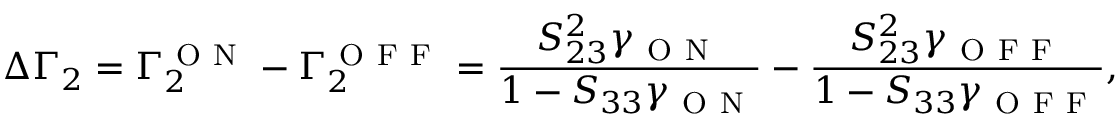
\Delta \Gamma _ { 2 } = \Gamma _ { 2 } ^ { \mathrm { ~ O ~ N ~ } } - \Gamma _ { 2 } ^ { \mathrm { ~ O ~ F ~ F ~ } } = \frac { S _ { 2 3 } ^ { 2 } \gamma _ { \mathrm { ~ O ~ N ~ } } } { 1 - S _ { 3 3 } \gamma _ { \mathrm { ~ O ~ N ~ } } } - \frac { S _ { 2 3 } ^ { 2 } \gamma _ { \mathrm { ~ O ~ F ~ F ~ } } } { 1 - S _ { 3 3 } \gamma _ { \mathrm { ~ O ~ F ~ F ~ } } } ,